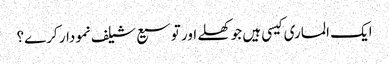
ایک الماری کیسی ہیں جو کھلے اور توسیع شیلف نمودار کرے؟